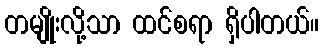
တမျိုးလို့သာ ထင်စရာ ရှိပါတယ်။